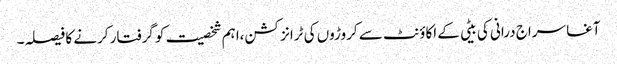
آغا سراج درانی کی بیٹی کے اکاؤنٹ سے کروڑوں کی ٹرانزکشن،اہم شخصیت کو گرفتار کرنے کا فیصلہ۔